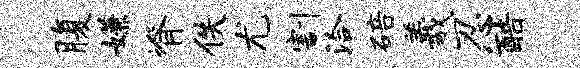
腹嫌脊佚尤割洽碚羲忍酷